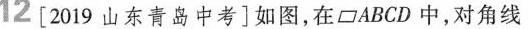
12[2019山东青岛中考]如图，在□ABCD中，对角线